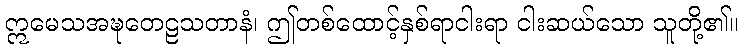
ဣမေသအဍ္ဎတေဠသတာနံ၊ ဤတစ်ထောင့်နှစ်ရာငါးရာ ငါးဆယ်သော သူတို့၏။